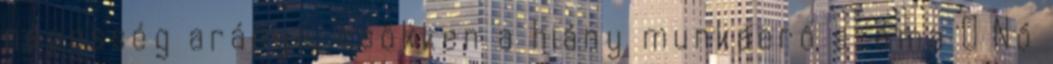
népesség aránya, csökken a hiány munkaerő száma  Nő